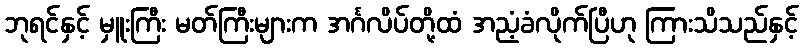
ဘုရင်နှင့် မှူးကြီး မတ်ကြီးများက အင်္ဂလိပ်တို့ထံ အညံ့ခံလိုက်ပြီဟု ကြားသိသည်နှင့်